Indian journal of veterinary science and animal husbandry - Volumes 15-17, 1948-1951
Year: 1948
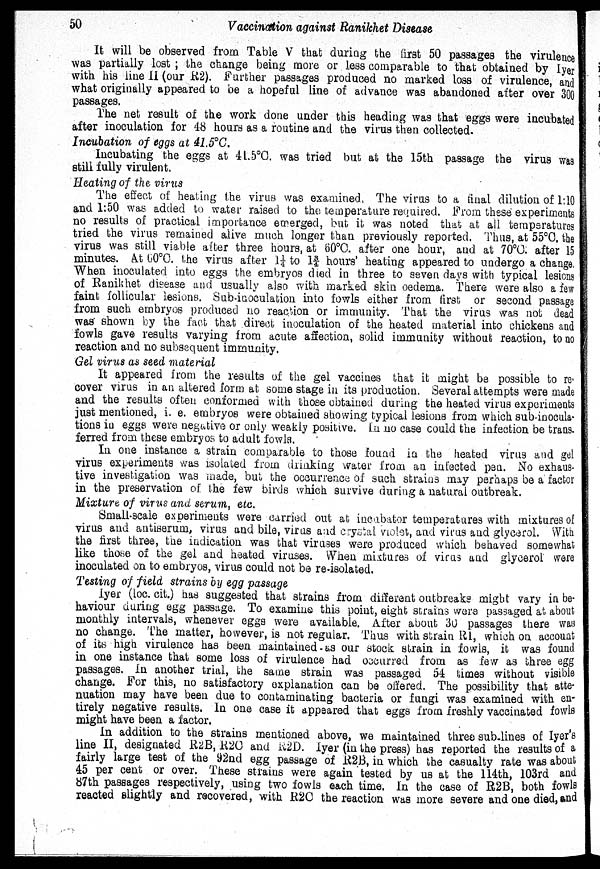
50
Vaccination against Ranikhet Disease
It will be observed from Table V that during the first 50 passages the virulence
was partially lost ; the change being more or less comparable to that obtained by Iyer
with his line II (our R2). Further passages produced no marked loss of virulence, and
what originally appeared to be a hopeful line of advance was abandoned after over 300
passages.
The net result of the work done under this heading was that eggs were incubated
after inoculation for 48 hours as a routine and the virus then collected.
Incubation of eggs at 41.5°C.
Incubating the eggs at 41.5°C. was tried but at the 15th passage the virus was
still fully virulent.
Heating of the virus
The effect of heating the virus was examined. The virus to a final dilution of 1:10
and 1:50 was added to water raised to the temperature required. From these experiments
no results of practical importance emerged, but it was noted that at all temperatures
tried the virus remained alive much longer than previously reported. Thus, at 55°C. the
virus was still viable after three hours, at 60°C. after one hour, and at 70°C. after 15
minutes. At 60°C. the virus after 1¼ to 1¾ hours' heating appeared to undergo a change,
When inoculated into eggs the embryos died in three to seven days with typical lesions
of Ranikhet disease and usually also with marked skin oedema. There were also a few
faint follicular lesions. Sub-inoculation into fowls either from first or second passage
from such embryos produced no reaction or immunity. That the virus was not dead
was shown by the fact that direct inoculation of the heated material into chickens and
fowls gave results varying from acute affection, solid immunity without reaction, to no
reaction and no subsequent immunity.
Gel virus as seed material
It appeared from the results of the gel vaccines that it might be possible to re-
cover virus in an altered form at some stage in its production. Several attempts were made
and the results often conformed with those obtained during the heated virus experiments
just mentioned, i. e. embryos were obtained showing typical lesions from which sub-inocula-
tions in eggs were negative or only weakly positive. In no case could the infection be trans¬
ferred from these embryos to adult fowls.
In one instance a strain comparable to those found in the heated virus and gel
virus experiments was isolated from drinking water from an infected pen. No exhaus-
tive investigation was made, but the occurrence of such strains may perhaps be a factor
in the preservation of the few birds which survive during a natural outbreak.
Mixture of virus and serum, etc.
Small-scale experiments were carried out at incubator temperatures with mixtures of
virus and antiserum, virus and bile, virus and crystal violet, and virus and glycerol. With
the first three, the indication was that viruses were produced which behaved somewhat
like those of the gel and heated viruses. When mixtures of virus and glycerol were
inoculated on to embryos, virus could not be re-isolated.
Testing of field strains by egg passage
Iyer (loc. cit.) has suggested that strains from different outbreaks might vary in be-
haviour during egg passage. To examine this point, eight strains were passaged at about
monthly intervals, whenever eggs were available. After about 30 passages there was
no change. The matter, however, is not regular. Thus with strain R1, which on account
of its high virulence has been maintained as our stock strain in fowls, it was found
in one instance that some loss of virulence had occurred from as few as three egg
passages. In another trial, the same strain was passaged 54 times without visible
change. For this, no satisfactory explanation can be offered. The possibility that atte-
nuation may have been due to contaminating bacteria or fungi was examined with en-
tirely negative results. In one case it appeared that eggs from freshly vaccinated fowls
might have been a factor.
In addition to the strains mentioned above, we maintained three sub-lines of Iyer's
line II, designated R2B, R2C and R2D. Iyer (in the press) has reported the results of a
fairly large test of the 92nd egg passage of R2B, in which the casualty rate was about
45 per cent or over. These strains were again tested by us at the 114th, 103rd and
87th passages respectively, using two fowls each time. In the case of R2B, both fowls
reacted slightly and recovered, with R2C the reaction was more severe and one died, and